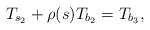
LaTeX: \begin{align*}T_{s_{2}}+\rho(s)T_{b_{2}}=T_{b_{3}},\end{align*}